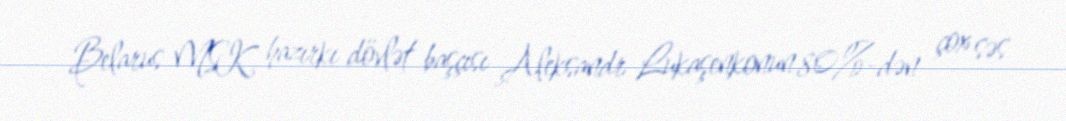
Belarus MSK hazırkı dövlət başçısı Aleksandr Lukaşenkonun 80%-dən çox səs